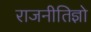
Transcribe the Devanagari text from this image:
राजनीतिज्ञो